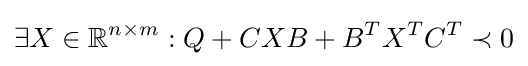
\exists X\in \mathbb {R} ^{n\times m}:Q+CXB+B^{T}X^{T}C^{T}\prec 0